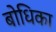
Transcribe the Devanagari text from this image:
बोधिका